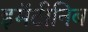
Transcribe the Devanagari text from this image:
इमॅटीनिब